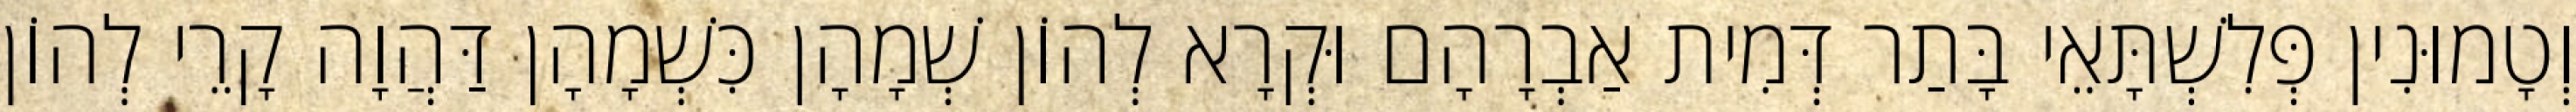
וְטָמוּנִין פְּלִשְׁתָּאֵי בָּתַר דְּמִית אַבְרָהָם וּקְרָא לְהוֹן שְׁמָהָן כִּשְׁמָהָן דַּהֲוָה קָרֵי לְהוֹן